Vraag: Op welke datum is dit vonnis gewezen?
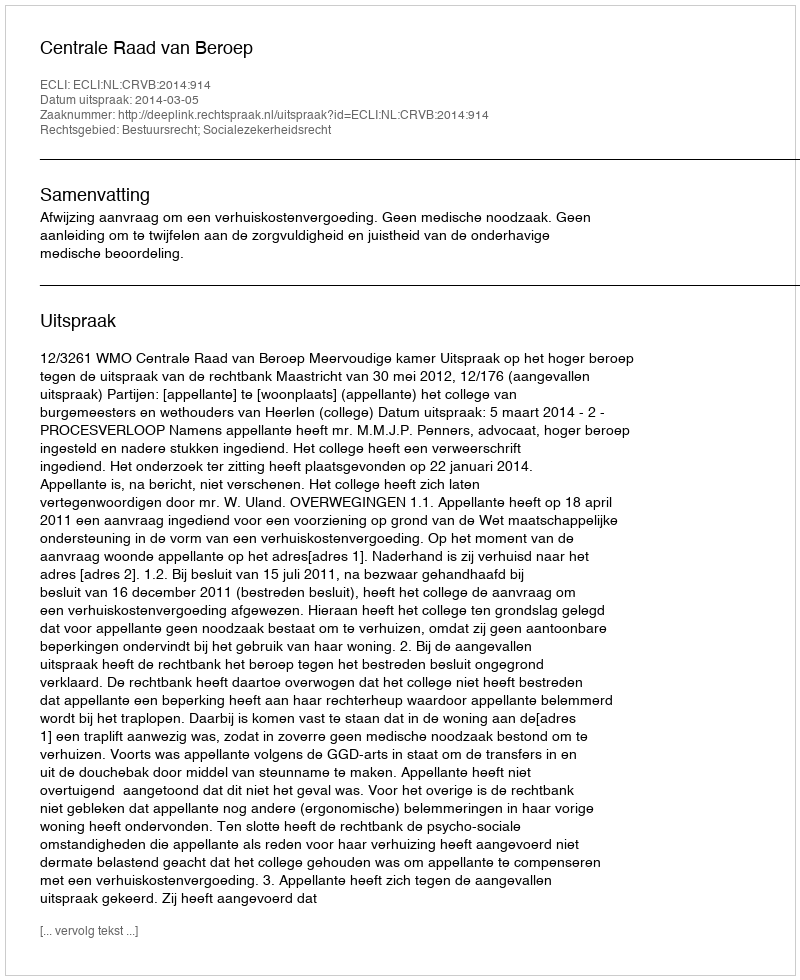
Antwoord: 2014-03-05